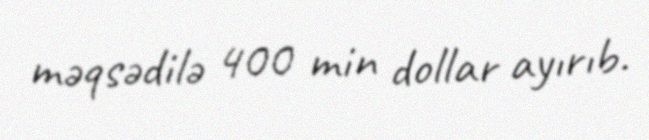
məqsədilə 400 min dollar ayırıb.